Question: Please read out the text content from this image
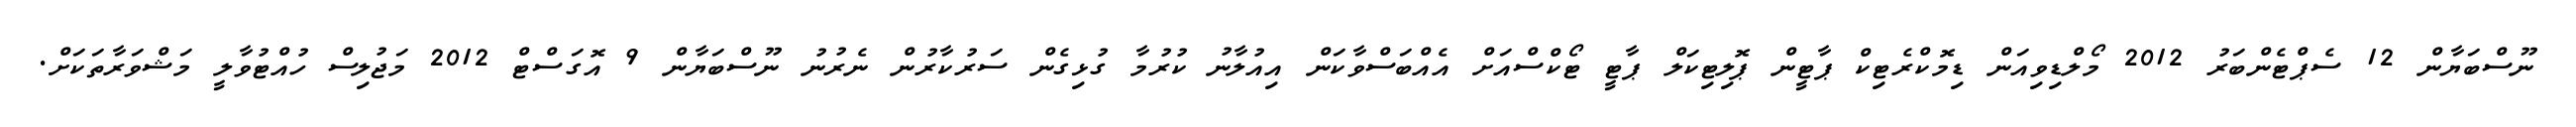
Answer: ނޫސްބަޔާން 12 ސެޕްޓެންބަރު 2012 މޯލްޑިވިއަން ޑިމޮކްރެޓިކް ޕާޓީން ޕޮލިޓިކަލް ޕާޓީ ޓޯކްސްއަށް އެއްބަސްވާކަން އިއުލާނު ކުރުމާ ގުޅިގެން ސަރުކާރުން ނެރުނު ނޫސްބަޔާން 9 އޮގަސްޓް 2012 މަޖުލިސް ހުއްޓުވާލީ މަޝްވަރާތަކަށް.